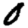
Digit: 0